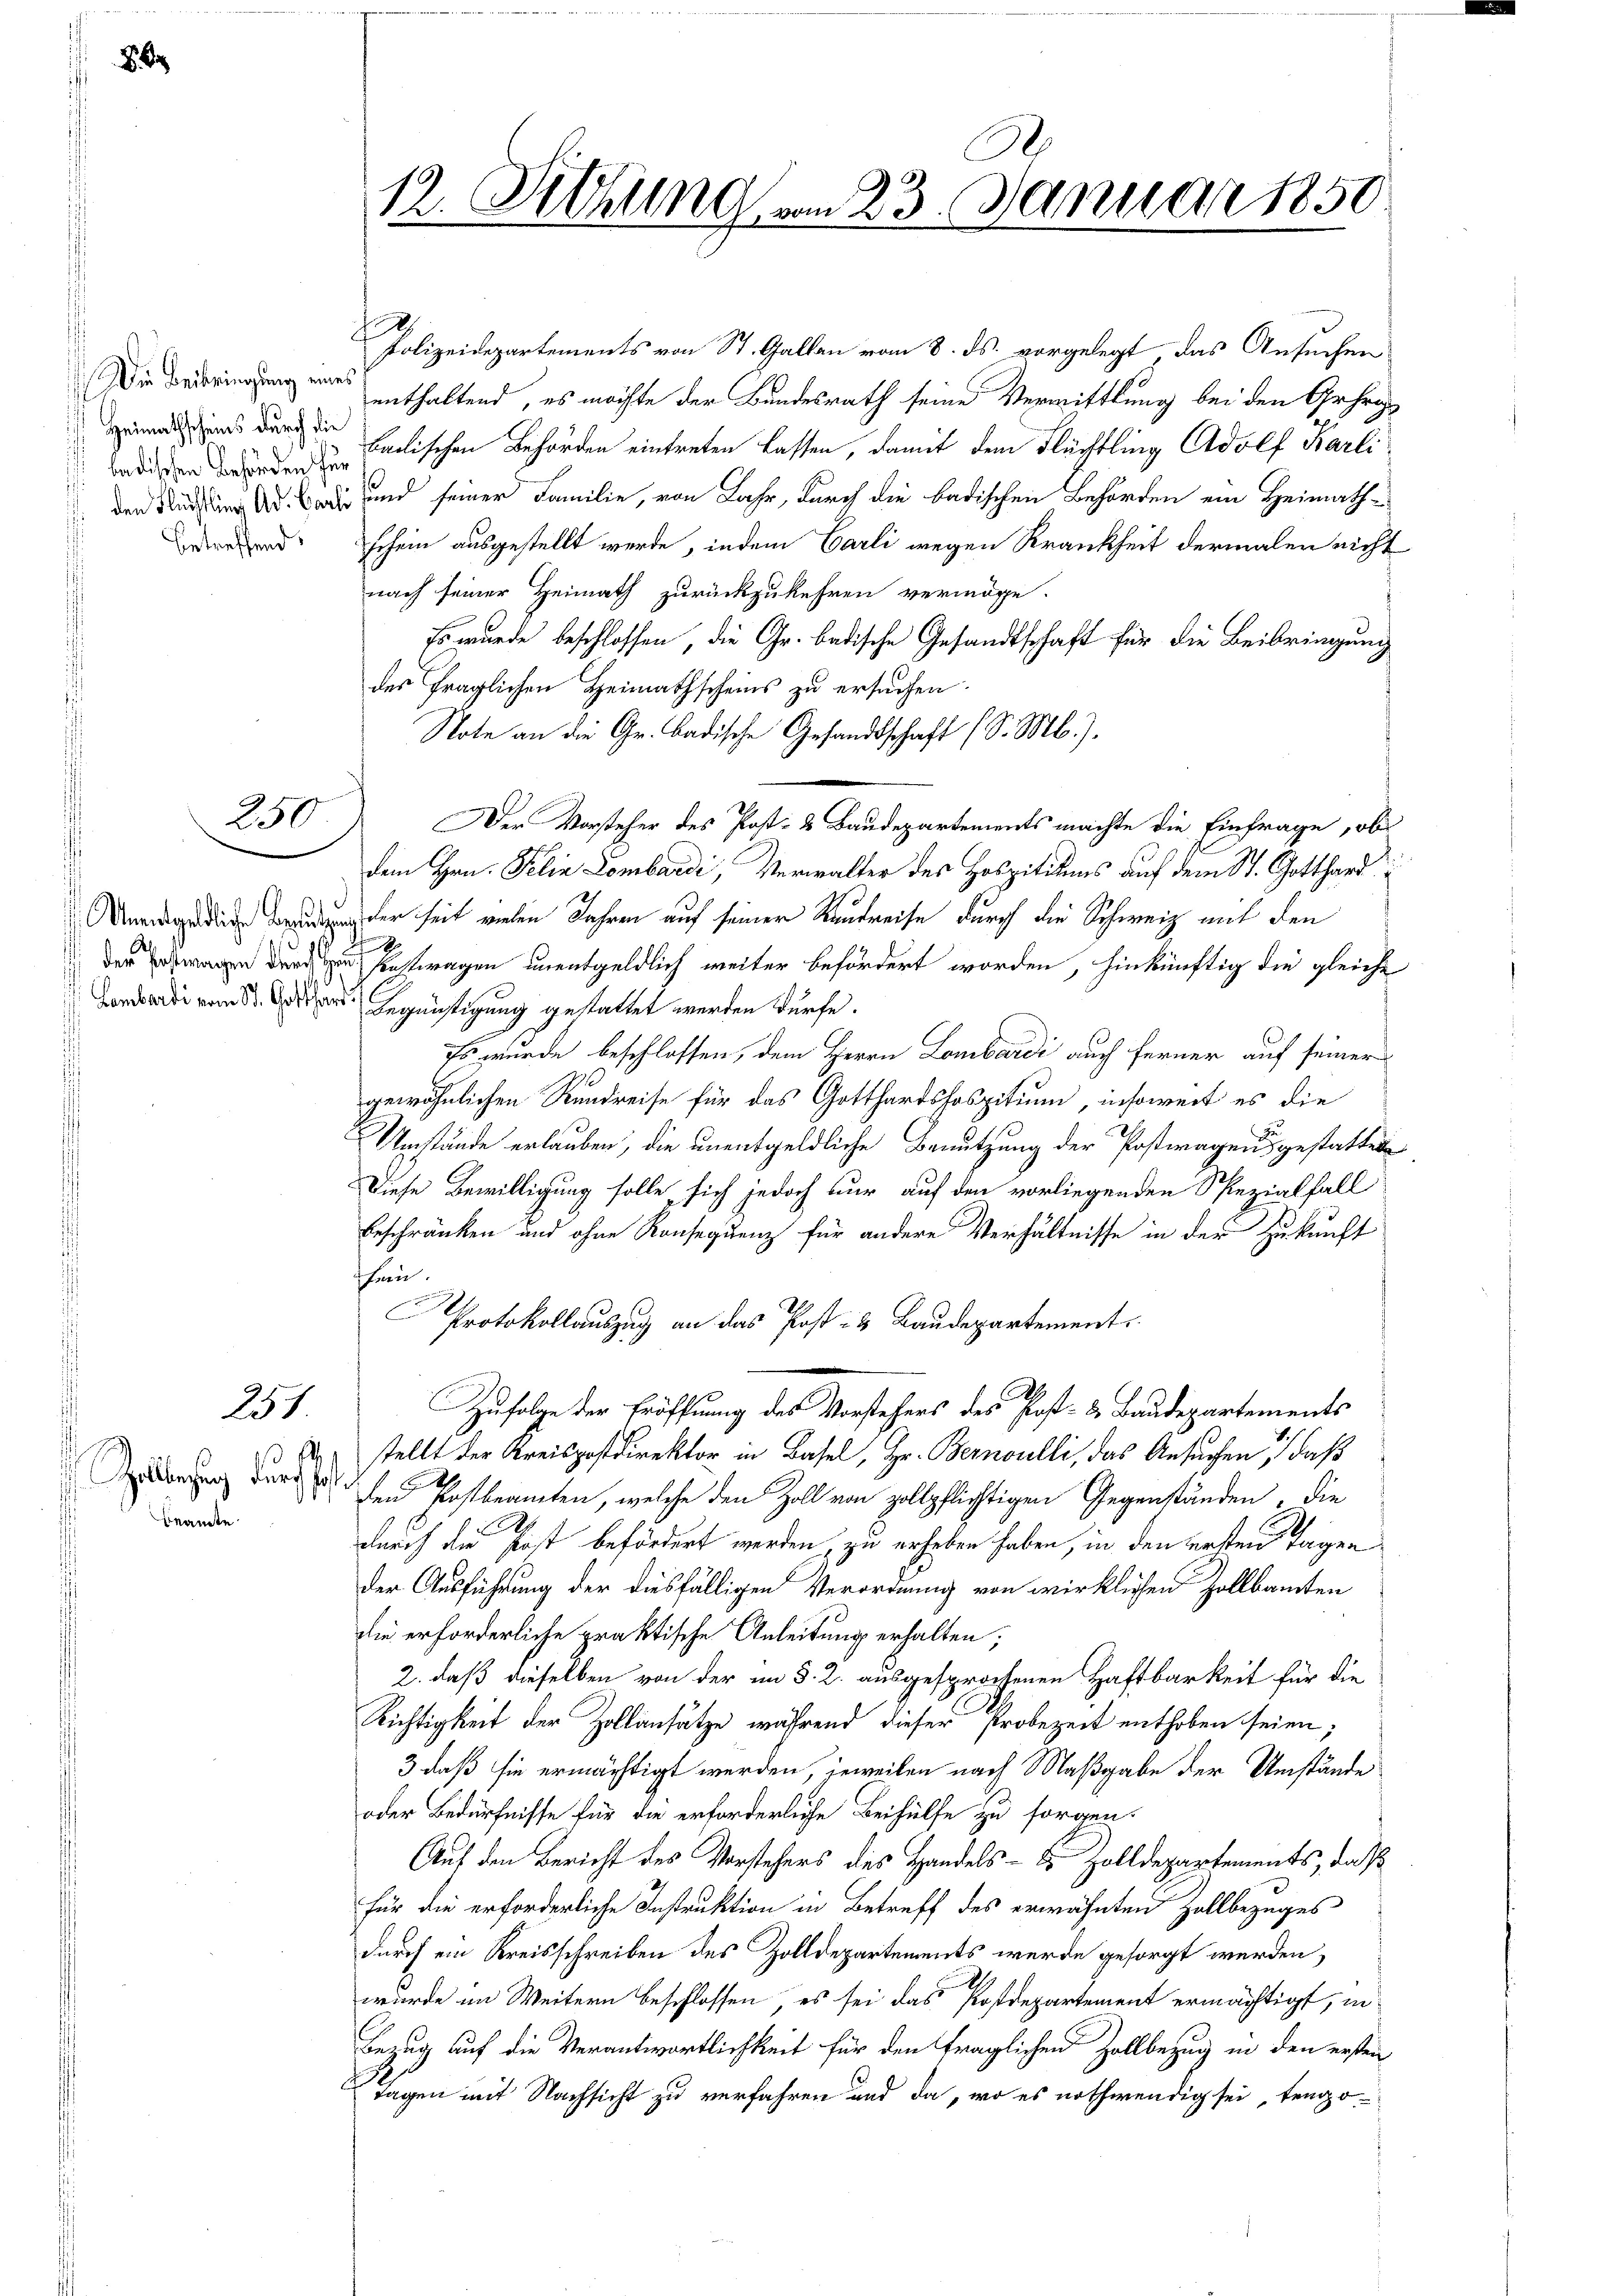
Die Beibringung eines
 Heimathscheins durch die
betreffend.

250

A
 g

251
A

Zollbezug durch Post¬
Beamte

12. Sitzung vom 23. Januar 1850

h
Polizeidepartements von St. Gallen vom 8. ds. vorgelegt, das Ansuchen
enthaltend, es möchte der Bundesrath seine Vermittlung bei den Gefra
Baden und Ladischen Behörden eintreten lassen, damit dem Flüchtling Adolf Karli
 den und seiner Familie, von Jahr, durch die badischen Behörden ein Heimathschein ausgestellt werde, indem Carli wegen Krankheit dermalen nicht
nach seiner Heimath zurückzukehren vermöge.
Es wurde beschlossen, die Gr. badische Gesandtschaft für die Beibringung
des fraglichen Heimathscheins zu ersuchen.
Note an die Gr. Badische Gesandtschaft (S. M.).
Der Vorsteher des Post- & Baudepartements machte die Einfrage, ob
dem Hrn. Felia Lombardi, Verwalter des Hospitikums auf dem St. Gotthard
erseit vielen Jahren auf seiner Raudreise durch die Schweiz mit den
f
der wegen der in sonstwagen unentgeldlich weiter befördert worden, hinkünftig die gleiche
ar Begrichtigung gestattet werden dürfe.
Es wurde beschlossen, dem Herrn Lombardi auch ferner auf seiner
gewöhnlichen Rundreise für das Gotthardshospitium, insoweit es die
Umstände erlauben, die unentgeldliche Benutzung der Postwagens gestattete
Diese Bewilligung solle, sich jedoch nur auf den vorliegenden Spezialfall
beschränken und ohne Konsequenz für andere Verhältnisse in der Zukunft
Thren.
Protokollauszug an das Post- & Baudepartement
Zufolge der Eröffnung des Vorstehers des Post- u. Baudepartements
stellt der Kreispostdirektor in Basel, Hr. Bernoulli, das Ansuchen, daß
den Postbeamten, welche den Zoll von zollpflichtigen Gegenständen, die
durch die Post befördert werden, zu erheben haben, in den ersten Tagen
der Ausführung der diesfälligen Verordnung von wirklichen Zollbamten
die erforderliche praktische Anleitung erhalten;
2. daß dieselben von der im §. 2. ausgesprochenen Haftbarkeit für die
Richtigkeit der Zollansätze während dieser Probezeit enthoben seien;
3 daß sie ermächtigt werden, jeweilen nach Maßgabe der Umstände
oder Bedürfnisse für die erforderliche Beihülfe zu sorgen.
Auf den Bericht des Vorstehers des Handels- & Zolldepartements, daß
für die erforderliche Instruktion in Betreff des erwähnten Zollbezuges
durch ein Kreisschreiben des Zolldepartements werde gesorgt werden,
wurde im Weitern beschlossen, es sei das Postdepartement ermächtigt, in¬
Bezug auf die Verantwortlichkeit für den fraglichen Zollbezug in den ersten
 Tagen mit Nachsicht zu verfahren und da, wo es nothwendig sei, trugo¬